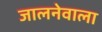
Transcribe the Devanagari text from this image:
जालनेवाला